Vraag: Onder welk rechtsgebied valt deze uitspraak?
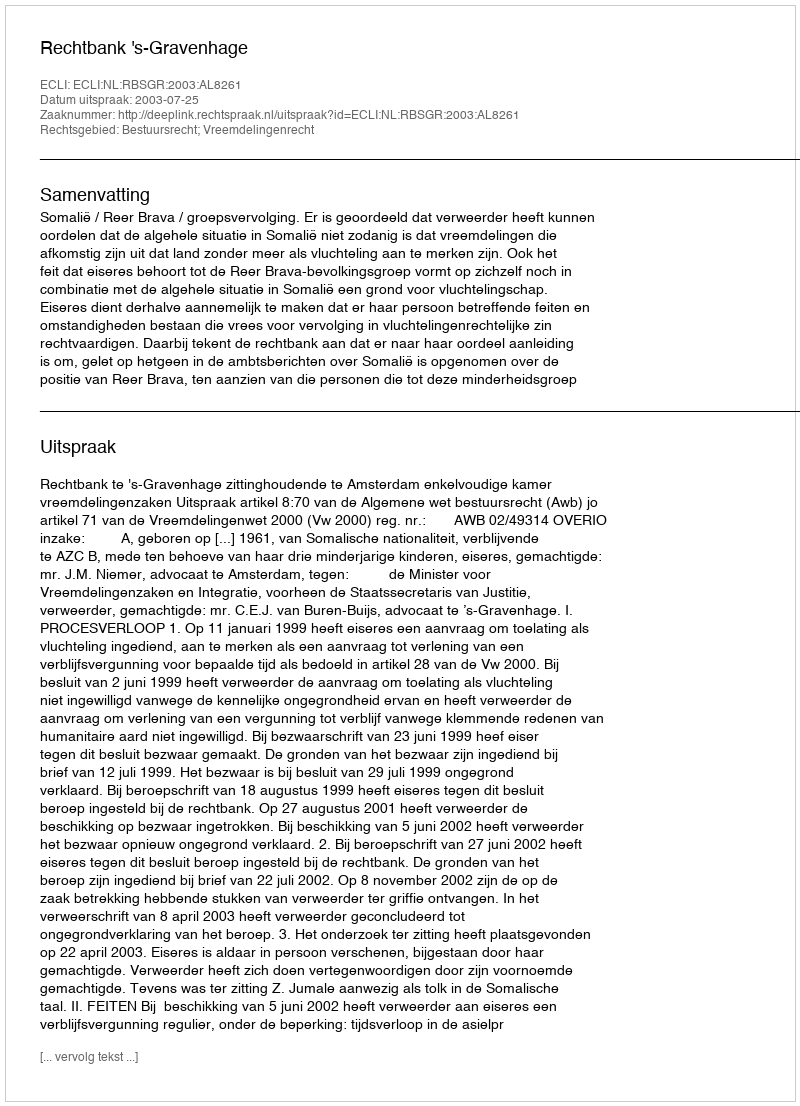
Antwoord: Bestuursrecht; Vreemdelingenrecht